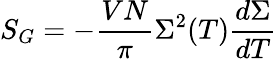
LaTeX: S_{G}=-{\frac{VN}{\pi}}\Sigma^{2}(T){\frac{d\Sigma}{dT}}